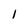
Character: 1